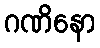
ဂဏိနော